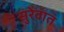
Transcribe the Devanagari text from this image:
सुरेवात